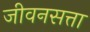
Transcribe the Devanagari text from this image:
जीवनसत्ता